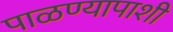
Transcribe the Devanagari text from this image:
पाळण्यापाशी